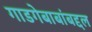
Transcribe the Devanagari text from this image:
गाडगेबाबांबद्दल